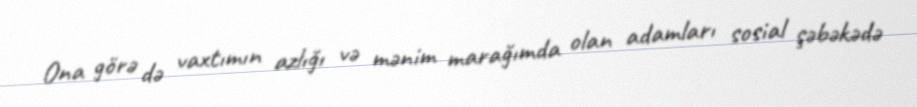
Ona görə də vaxtımın azlığı və mənim marağımda olan adamları sosial şəbəkədə